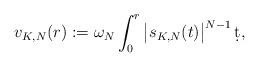
LaTeX: \begin{align*}v_{K,N}(r):=\omega_N\int_0^r\big|s_{K,N}(t)\big|^{N-1}\,\d t,\end{align*}